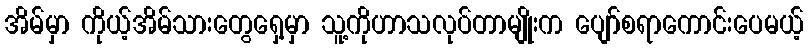
အိမ်မှာ ကိုယ့်အိမ်သားတွေရှေ့မှာ သူ့ကိုဟာသလုပ်တာမျိုးက ပျော်စရာကောင်းပေမယ့်